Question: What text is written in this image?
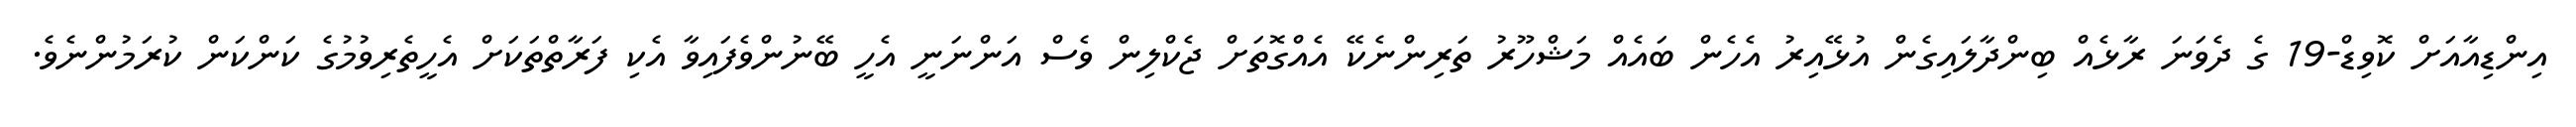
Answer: އިންޑިއާއަށް ކޮވިޑް-19 ގެ ދެވަނަ ރާޅެއް ބިންދާލައިގެން އުޅޭއިރު އެހެން ބައެއް މަޝްހޫރު ތަރިންނެކޭ އެއްގޮތަށް ޖެކްލިން ވެސް އަންނަނީ އެހީ ބޭނުންވެފައިވާ އެކި ފަރާތްތަކަށް އެހީތެރިވުމުގެ ކަންކަން ކުރަމުންނެވެ.